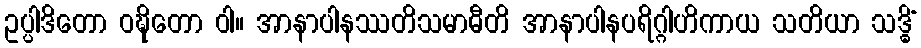
ဥပ္ပါဒိတော ဝဍ္ဎိတော ဝါ။ အာနာပါနဿတိသမာဓီတိ အာနာပါနပရိဂ္ဂါဟိကာယ သတိယာ သဒ္ဓိံ